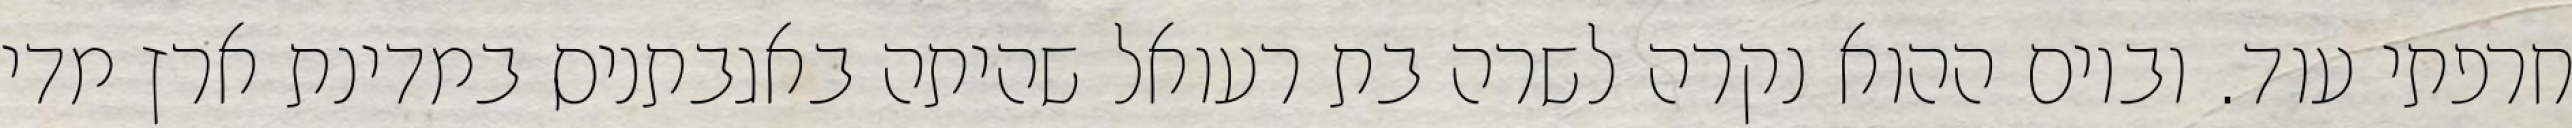
חרפתי עוד. וביום ההוא נקרה לשרה בת רעואל שהיתה באגבתניס במדינת ארץ מדי